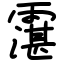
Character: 霮